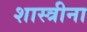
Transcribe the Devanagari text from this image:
शास्त्रीना